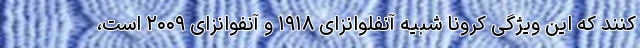
کنند که این ویژگی کرونا شبیه آنفلوانزای ۱۹۱۸ و آنفوانزای ۲۰۰۹ است،